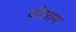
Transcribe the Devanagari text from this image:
वीरराम